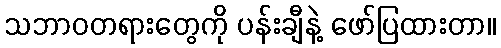
သဘာဝတရားတွေကို ပန်းချီနဲ့ ဖော်ပြထားတာ။